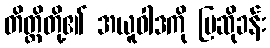
တိတ္ထိတို့၏ အယူဝါဒကို ပြဆိုခန်း